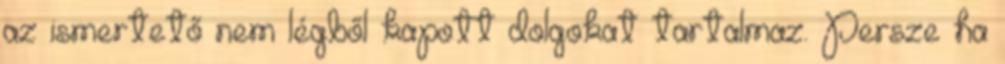
az ismertető nem légből kapott dolgokat tartalmaz. Persze ha